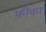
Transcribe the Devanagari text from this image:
फ़ीका